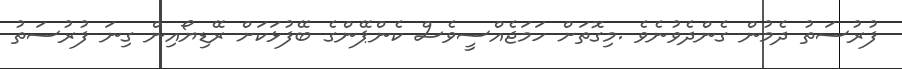
ފުރުސަތު ދެމުން ގެންދެވުނެވެ .މިގޮތަށް ހަމަޖެއްސީވެސް ކެންޕޭންގެ ބޭފުޅަކަށް ރޭޑިޔޯއިން ގިނަ ފުރުސަތު